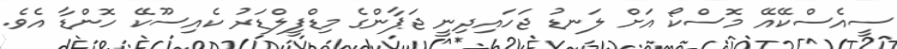
ސީއެސްކޭއޭ މޮސްކޯ އަށް ލަނޑު ޖަހައިދިނީ ޖަޕާންގެ މިޑްފީލްޑަރު ކެއިސޫކޭ ހޮންޑާ އެވެ.